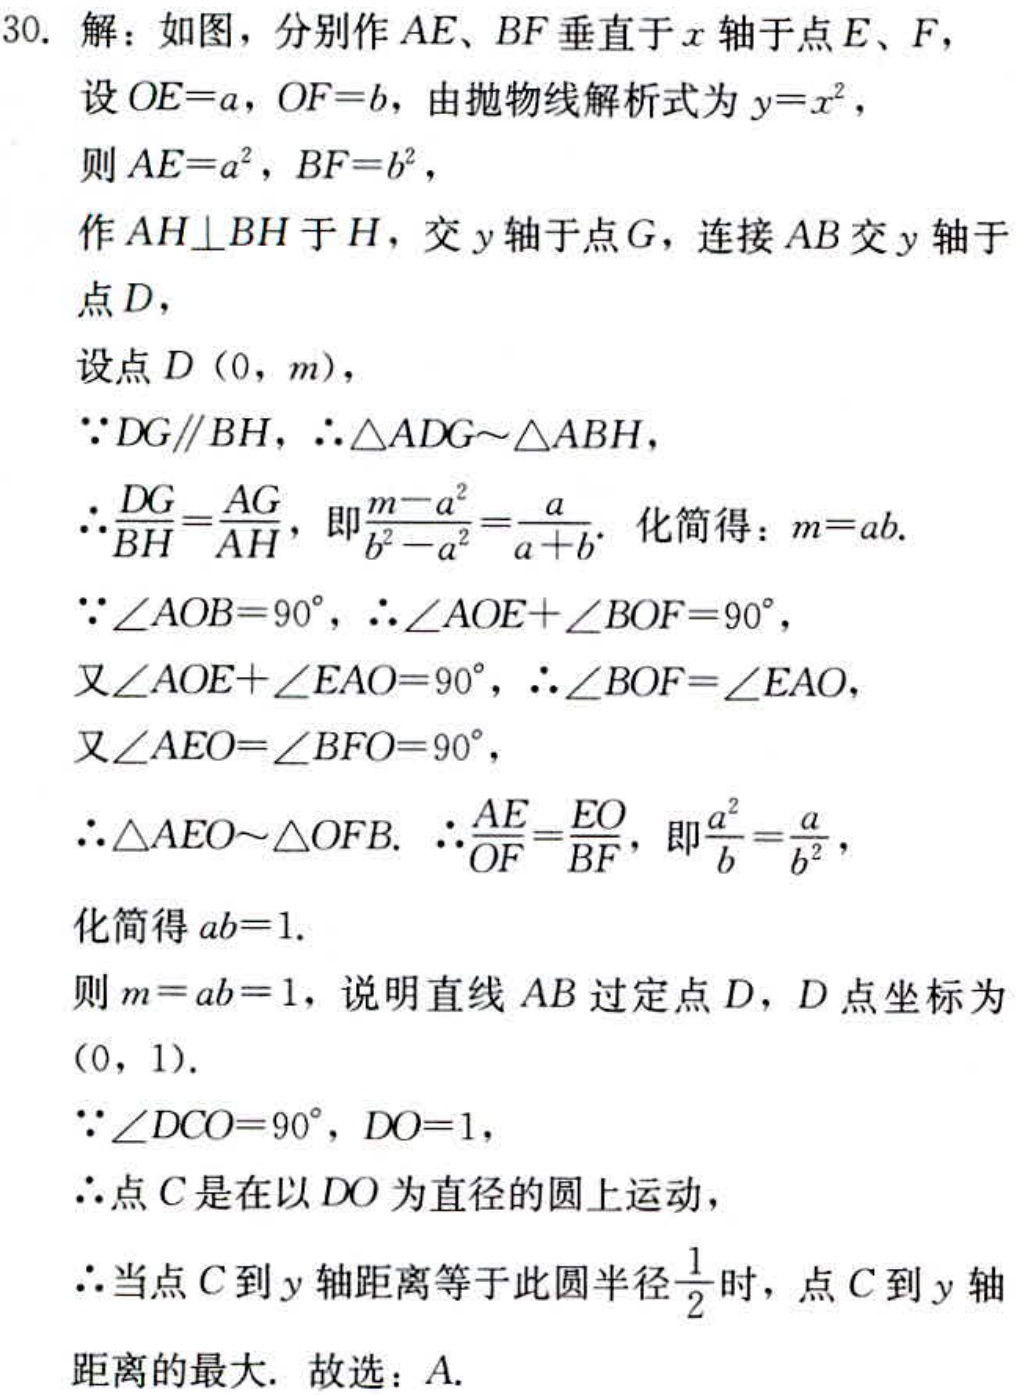
30. 解：如图，分别作 \(AE、BF\) 垂直于 \(x\) 轴于点 \(E、F\)，
设 \(OE = a\)，\(OF = b\)，由抛物线解析式为 \(y = x^{2}\)，
则 \(AE = a^{2}\)，\(BF = b^{2}\)，
作 \(AH\perp BH\) 于 \(H\)，交 \(y\) 轴于点 \(G\)，连接 \(AB\) 交 \(y\) 轴于点 \(D\)，
设点 \(D(0,m)\)，
\(\because DG\parallel BH\)，\(\therefore\triangle ADG\sim\triangle ABH\)，
\(\therefore\frac{DG}{BH}=\frac{AG}{AH}\)，即\(\frac{m - a^{2}}{b^{2}-a^{2}}=\frac{a}{a + b}\). 化简得：\(m = ab\).
\(\because\angle AOB = 90^{\circ}\)，\(\therefore\angle AOE+\angle BOF = 90^{\circ}\)，
又\(\angle AOE+\angle EAO = 90^{\circ}\)，\(\therefore\angle BOF=\angle EAO\)，
又\(\angle AEO=\angle BFO = 90^{\circ}\)，
\(\therefore\triangle AEO\sim\triangle OFB\). \(\therefore\frac{AE}{OF}=\frac{EO}{BF}\)，即\(\frac{a^{2}}{b}=\frac{a}{b^{2}}\)，
化简得 \(ab = 1\).
则 \(m = ab = 1\)，说明直线 \(AB\) 过定点 \(D\)，\(D\) 点坐标为\((0,1)\).
\(\because\angle DCO = 90^{\circ}\)，\(DO = 1\)，
\(\therefore\)点 \(C\) 是在以 \(DO\) 为直径的圆上运动，
\(\therefore\)当点 \(C\) 到 \(y\) 轴距离等于此圆半径\(\frac{1}{2}\) 时，点 \(C\) 到 \(y\) 轴距离的最大. 故选：\(A\).